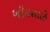
ખીમશાહિ